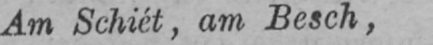
Am Schiét, am Besch,